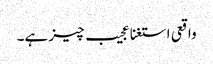
واقعی استغنا عجیب چیز ہے۔